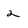
Character: 2